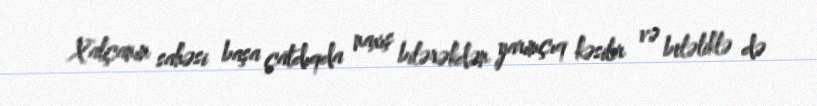
Xalçanın sahəsi başa çatdıqda naxış bilərəkdən yarımçıq kəsilir və beləliklə də